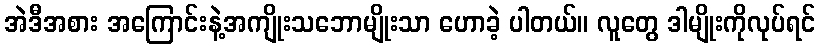
အဲဒီအစား အကြောင်းနဲ့အကျိုးသဘောမျိုးသာ ဟောခဲ့ ပါတယ်။ လူတွေ ဒါမျိုးကိုလုပ်ရင်